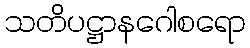
သတိပဋ္ဌာနဂေါစရော